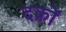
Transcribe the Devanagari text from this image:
दक्रों